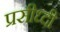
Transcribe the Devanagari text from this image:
प्रसीध्दी